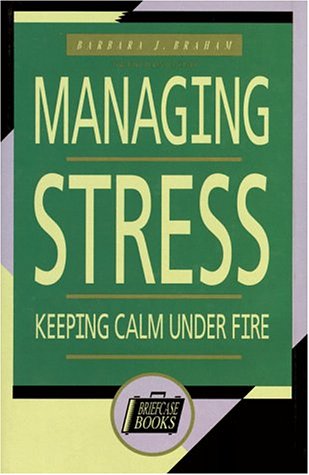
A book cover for Managing Stress: Keeping Calm Under Fire (Briefcase Books); Barbara J. Braham; Business & Money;